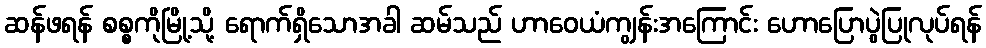
ဆန်ဖရန် စစ္စကိုမြို့သို့ ရောက်ရှိသောအခါ ဆမ်သည် ဟာဝေယံကျွန်းအကြောင်း ဟောပြောပွဲပြုလုပ်ရန်